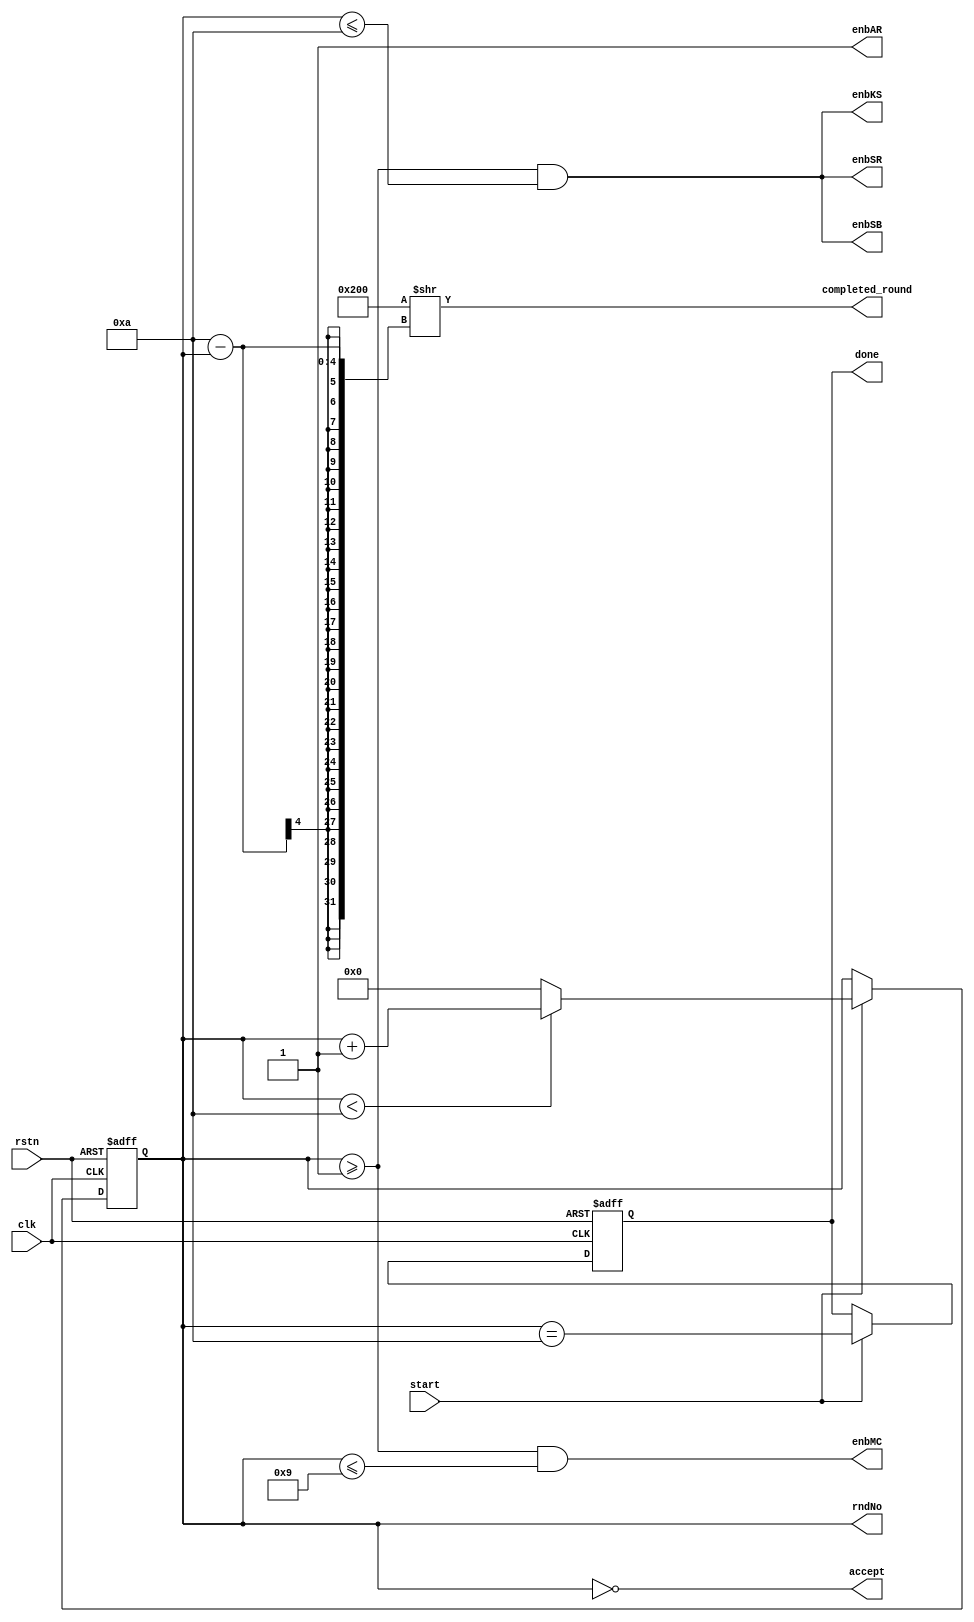
// AES controller. Used for controlling the AES core.
module AEScntx(
    // from testbench
    input   clk,
    input   start,
    input   rstn,

    // to AEScore
    output  accept,
    output reg [3:0] rndNo,
    output  enbSB,
    output  enbSR,
    output  enbMC,
    output  enbAR,
    output  enbKS,

    // to testbench
    output reg done,
    output  [9:0] completed_round
);

// Asynchronous reset
always @ (posedge clk or negedge rstn)
begin
    if (~rstn)
    begin
        // Clear all registers
        rndNo <= 4'b0;
        done <= 1'b0;
    end
    else if (start)
    begin
        // Update state of implicit FSM (11 states in total)
        rndNo <= (rndNo < 10) ? (rndNo + 1) : 4'b0;
        done <= (rndNo == 10);
    end
end

assign enbSB = (rndNo >= 1) && (rndNo <= 10);
assign enbSR = (rndNo >= 1) && (rndNo <= 10);
assign enbMC = (rndNo >= 1) && (rndNo <= 9);
assign enbAR = 1'b1;   // (rndNo >= 0) && (rndNo <= 10)
assign enbKS = (rndNo >= 1) && (rndNo <= 10);

assign accept = (rndNo == 0);   // Notify core to accept new inputs at round 0
assign completed_round = 10'b1000000000 >> (10 - rndNo);

endmodule